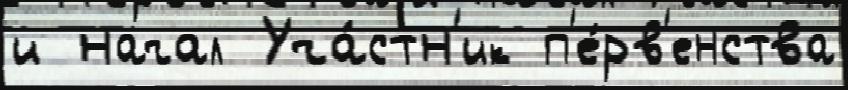
и начал Уча́стн'ик п'е́рв'енства